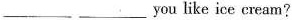
___ ___ you like ice cream?